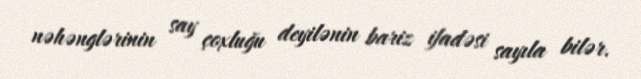
nəhənglərinin say çoxluğu deyilənin bariz ifadəsi sayıla bilər.